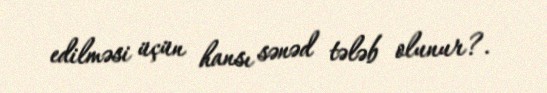
edilməsi üçün hansı sənəd tələb olunur?.